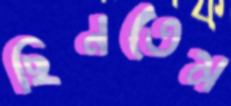
ছিনতেম